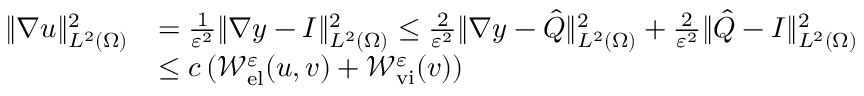
\begin{array} { r l } { \| \nabla u \| _ { L ^ { 2 } ( \Omega ) } ^ { 2 } } & { = \frac { 1 } { \varepsilon ^ { 2 } } \| \nabla y - I \| _ { L ^ { 2 } ( \Omega ) } ^ { 2 } \leq \frac { 2 } { \varepsilon ^ { 2 } } \| \nabla y - \hat { Q } \| _ { L ^ { 2 } ( \Omega ) } ^ { 2 } + \frac { 2 } { \varepsilon ^ { 2 } } \| \hat { Q } - I \| _ { L ^ { 2 } ( \Omega ) } ^ { 2 } } \\ & { \leq c \left( \mathcal { W } _ { \mathrm { e l } } ^ { \varepsilon } ( u , v ) + \mathcal { W } _ { \mathrm { v i } } ^ { \varepsilon } ( v ) \right) } \end{array}